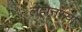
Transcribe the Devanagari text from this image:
लहानस्या